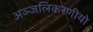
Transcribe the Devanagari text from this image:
अञ्जलिकरणीयो